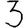
Digit: 3